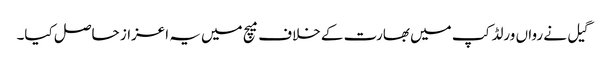
گیل نے رواں ورلڈ کپ میں بھارت کے خلاف میچ میں یہ اعزاز حاصل کیا۔